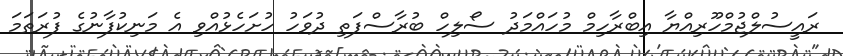
ރައީސުލްޖުމްހޫރިއްޔާ އިބްރާހިމް މުހައްމަދު ސޯލިހް ބުރާސްފަތި ދުވަހު ހުށަހެޅުއްވި އެ މަނިކުފާނުގެ ފުރަތަމަ